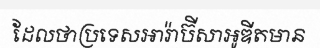
ដែលថាប្រទេសអារ៉ាប៊ីសាអូឌីតមាន